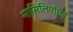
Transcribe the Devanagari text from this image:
मासिलिएसिई